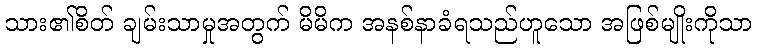
သား၏စိတ် ချမ်းသာမှုအတွက် မိမိက အနစ်နာခံရသည်ဟူသော အဖြစ်မျိုးကိုသာ